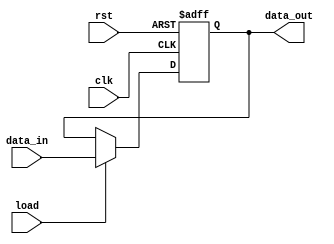
module register(
    input wire clk, // Clock signal
    input wire rst, // Reset signal
    input wire load, // Load enable signal
    input wire [7:0] data_in, // Input data signal
    output reg [7:0] data_out // Output data signal
);

always @(posedge clk or posedge rst) begin
    if (rst) begin
        data_out <= 8'b0; // Reset the register to 0
    end else if (load) begin
        data_out <= data_in; // Load data from input signal
    end
end

endmodule